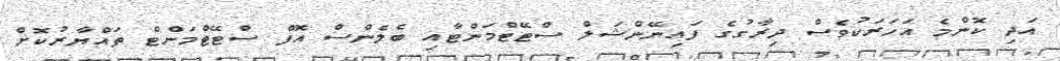
އަދި ކޮންމެ އަހަރަކުވެސް ދިރާގުގެ ފައިނޭންޝަލް ސްޓޭޓްމަންޓާއި ބެލެންސް އޮފް ސްޓޭޓްމަންޓް ތައްޔާރުކޮށް